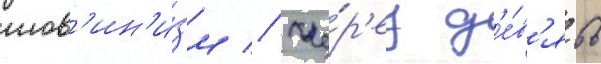
шов'ин'и́зм // Че́р'ез д'е́в'ять